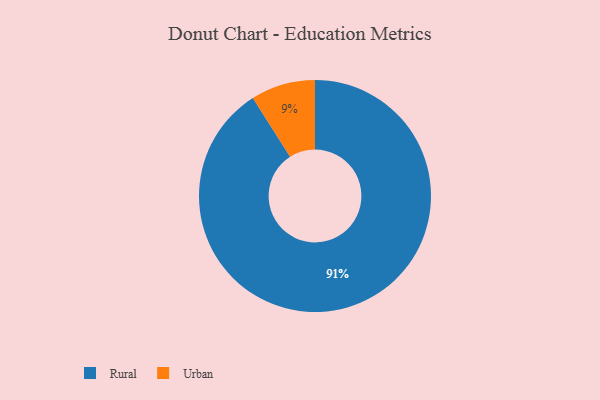
{"axis": {"x": "Category", "y": "Percentage"}, "legend": ["Rural", "Urban"], "data": [{"x": "Rural", "y": 91, "type": "Rural"}, {"x": "Urban", "y": 9, "type": "Urban"}]}